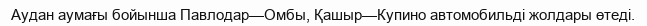
Аудан аумағы бойынша Павлодар—Омбы, Қашыр—Купино автомобильді жолдары өтеді.